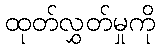
ထုတ်လွှတ်မှုကို